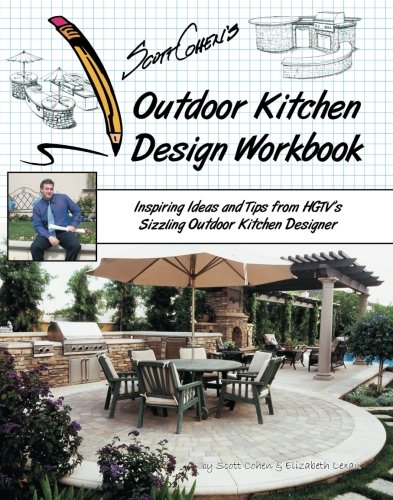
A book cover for Scott Cohen's Outdoor Kitchen Design Workbook: Inspiring Ideas and Tips from HGTV's Sizzling Outdoor Kitchen Designer; Scott Cohen; Crafts, Hobbies & Home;